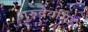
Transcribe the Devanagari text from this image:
गुरुदेवसिंह